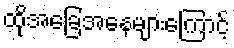
ထိုအခြေအနေများကြောင့်